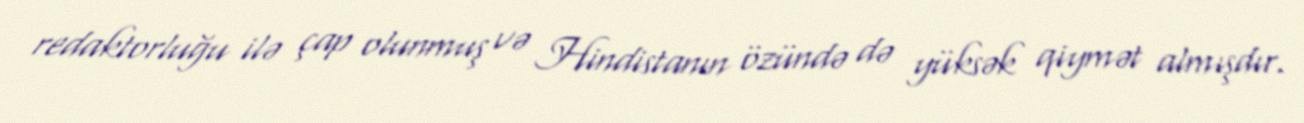
redaktorluğu ilə çap olunmuş və Hindistanın özündə də yüksək qiymət almışdır.